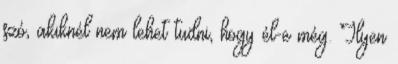
szó, akiknél nem lehet tudni, hogy él-e még. Ilyen